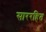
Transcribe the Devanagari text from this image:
साररहित